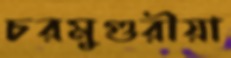
চরমুগুরীয়া